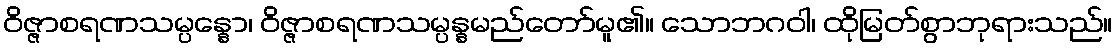
ဝိဇ္ဇာစရဏသမ္ပန္နော၊ ဝိဇ္ဇာစရဏသမ္ပန္နမည်တော်မူ၏။ သောဘဂဝါ၊ ထိုမြတ်စွာဘုရားသည်။